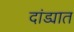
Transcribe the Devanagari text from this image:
दांड्यात